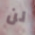
لن